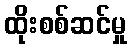
ထိုးစစ်ဆင်မှု